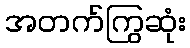
အတက်ကြွဆုံး